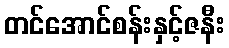
တင်အောင်စန်းနှင့်ဇနီး